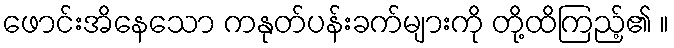
ဖောင်းအိနေသော ကနုတ်ပန်းခက်များကို တို့ထိကြည့်၏ ။